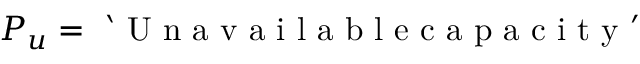
P _ { u } = \mathrm { ~ ` ~ U ~ n ~ a ~ v ~ a ~ i ~ l ~ a ~ b ~ l ~ e ~ c ~ a ~ p ~ a ~ c ~ i ~ t ~ y ~ ' ~ }